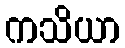
ကသိယာ